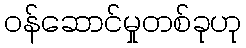
ဝန်ဆောင်မှုတစ်ခုဟု